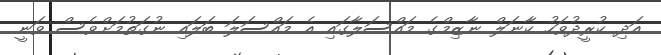
އަދި ކުރީދުވަހު ކާނަލް ނާޒިމްގެ މައްސަލާގައި އެ މައްސަލަ ބަލައި ނުގަތުމަށްވެސް ވަނީ